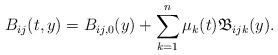
LaTeX: \begin{align*}B_{ij}(t,y)=B_{ij,0}(y)+\sum_{k=1}^n\mu_k(t)\mathfrak{B}_{ijk}(y).\end{align*}